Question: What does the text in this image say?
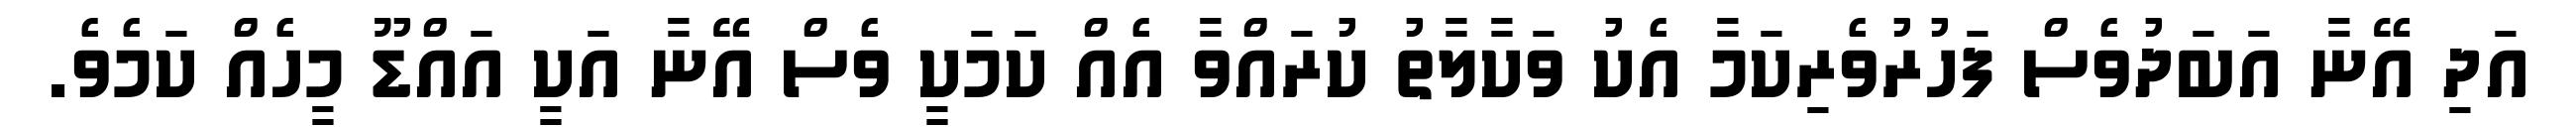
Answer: އަދި އޭނާ އަބަދުވެސް ފަހުރުވެރިކަމާ އެކު ވަކާލާތު ކުރައްވާ އެއް ކަމަކީ ވެސް އޭނާ އަކީ އައްޑޫ މީހެއް ކަމެވެ.